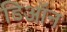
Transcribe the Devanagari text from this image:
डिऑन